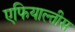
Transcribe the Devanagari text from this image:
एफियाल्तीस